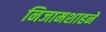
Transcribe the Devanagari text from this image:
निजामशाहने